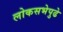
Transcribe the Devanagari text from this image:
लोकसभेपुढे